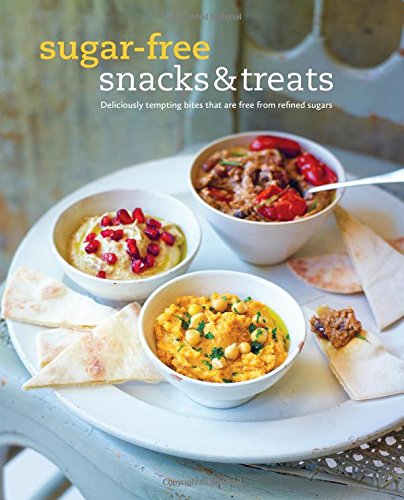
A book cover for Sugar-free Snacks & Treats: Deliciously Tempting Bites That Are Free from Refined Sugar; Ryland Peters & Small; Cookbooks, Food & Wine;